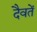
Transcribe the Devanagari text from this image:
दैवतें